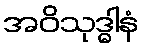
အဝိသုဒ္ဓါနံ